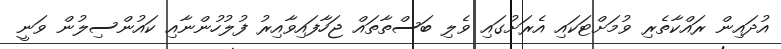
އުދައިން ރައްކާތެރި ވުމަށްޓަކައި އެރަށުގައި ވެލި ބަސްތާތައް ޖަހާފައިވާއިރު ފުލުހުންނާއި ކައުންސިލުން ވަނީ